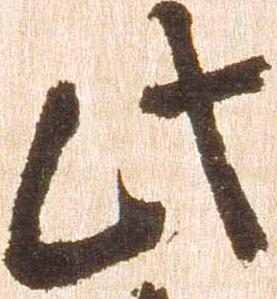
此